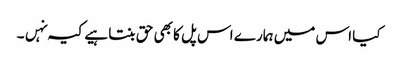
کیا اس میں ہمارے اس پل کا بھی حق بنتا ہیے کیہ نہں۔